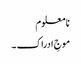
نا معلوم
موجِ ادراک ۔